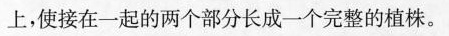
上，使接在一起的两个部分长成一个完整的植株。